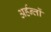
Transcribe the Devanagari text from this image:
अर्हन्तों